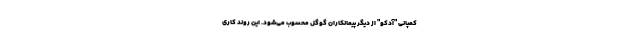
کمپانی "آدکو" از دیگر پیمانکاران گوگل محسوب می‌شود. این روند کاری